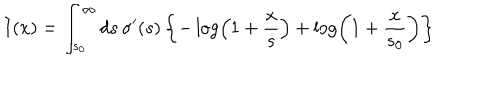
LaTeX: I ( x ) = \int _ { s _ { 0 } } ^ { \infty } d s \, \sigma ^ { \prime } ( s ) \left\{ - \log \left( 1 + { \frac { x } { s } } \right) + \log \left( 1 + { \frac { x } { s _ { 0 } } } \right) \right\}